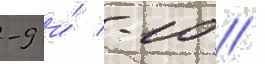
-9 и́ -10 //